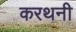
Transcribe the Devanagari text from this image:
करथनी